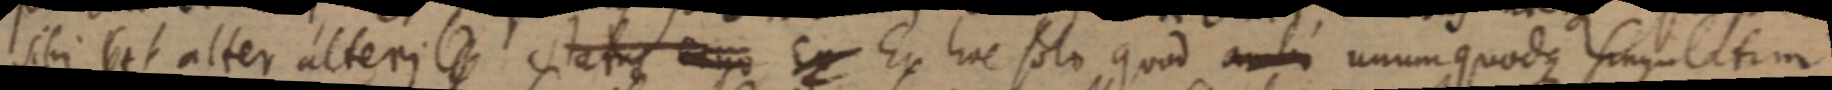
sibi est alter alteri _ status ergo Ex Ex hoc solo quod ambi unum quodque singulatum